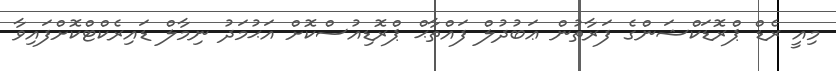
މިއީ ރެޑް ޕްރޮޑަކްޝަންގެ ފަރާތުން ޢަބުދުލް ފައްތާޙް ޕްރޮޑިއުސްކޮށް އަޙުމަދު ނިމާލް ޑައިރެކްޓްކޮށްފައިވާ